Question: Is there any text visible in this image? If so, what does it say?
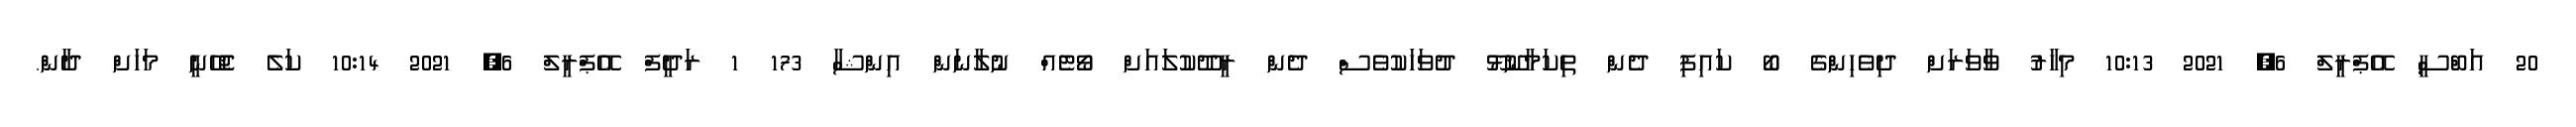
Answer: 20 އަބްސީ އޭޕްރީލް 6, 2021 10:13 މިހާރު ވާވަރަށް ދިވެހިންގެ ބޯ ކައިފި ދެން ތިކަމާނޫޅޫ ދުވަހަކުވެސް ދެން ރީދޫކުލައަށް ވޯޓެއް ނުލާނަން އިންޝާ 173 1 ރަދީފް އޭޕްރީލް 6, 2021 10:14 ކަލެ ޖެހޭނީ މަހަށް ދާން.